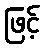
ဖြင့်